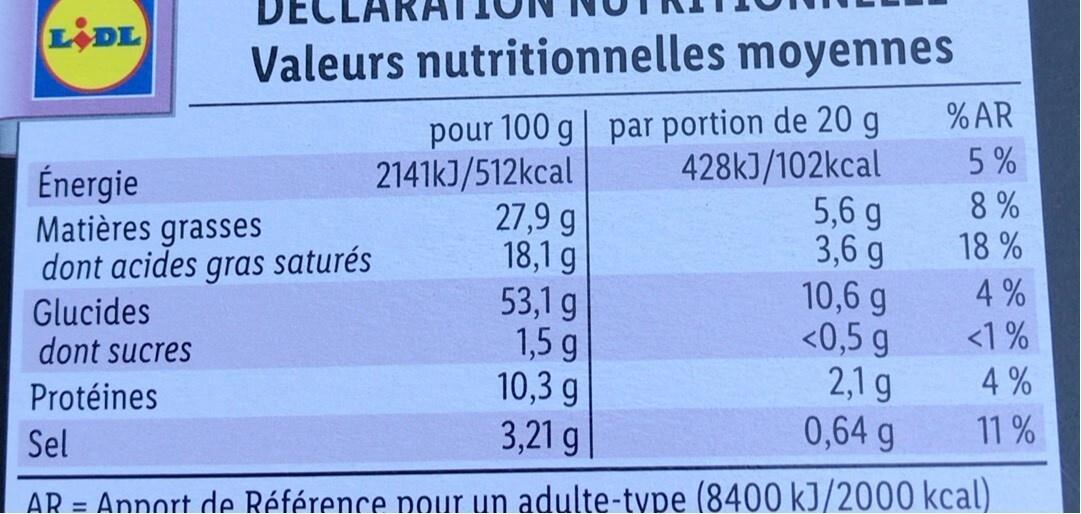
LADL
Valeurs nutritionnelles moyennes
pour 100 g par portion de 20 g
428kJ/102kcal
Énergie
Matières grasses dont acides gras saturés
Glucides
dont sucres
Protéines
2141kJ/512kcal
27,9 g
18,1 g
53,1 g
1,5 q
5,6 g
3,6 g
10,6 g
<0,5 g
2,1 g
0,64 g
Sel
AR = Annort de Référence pour un adulte-type (8400 kJ/2000 kcal)
10,3 g
3,21 g
% AR
5%
8%
18%
4%
<1%
4%
11%